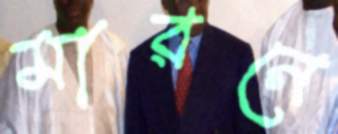
মারনে